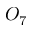
O _ { 7 }